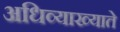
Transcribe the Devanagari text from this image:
अधिव्याख्याते